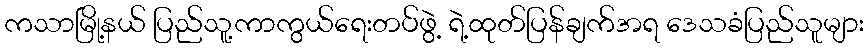
ကသာမြို့နယ် ပြည်သူ့ကာကွယ်ရေးတပ်ဖွဲ့ ရဲ့ထုတ်ပြန်ချက်အရ ဒေသခံပြည်သူများ